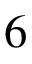
6